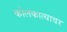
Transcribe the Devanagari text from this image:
कोलकात्यावर